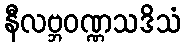
နီလဗ္ဘဝဏ္ဏသဒိသံ